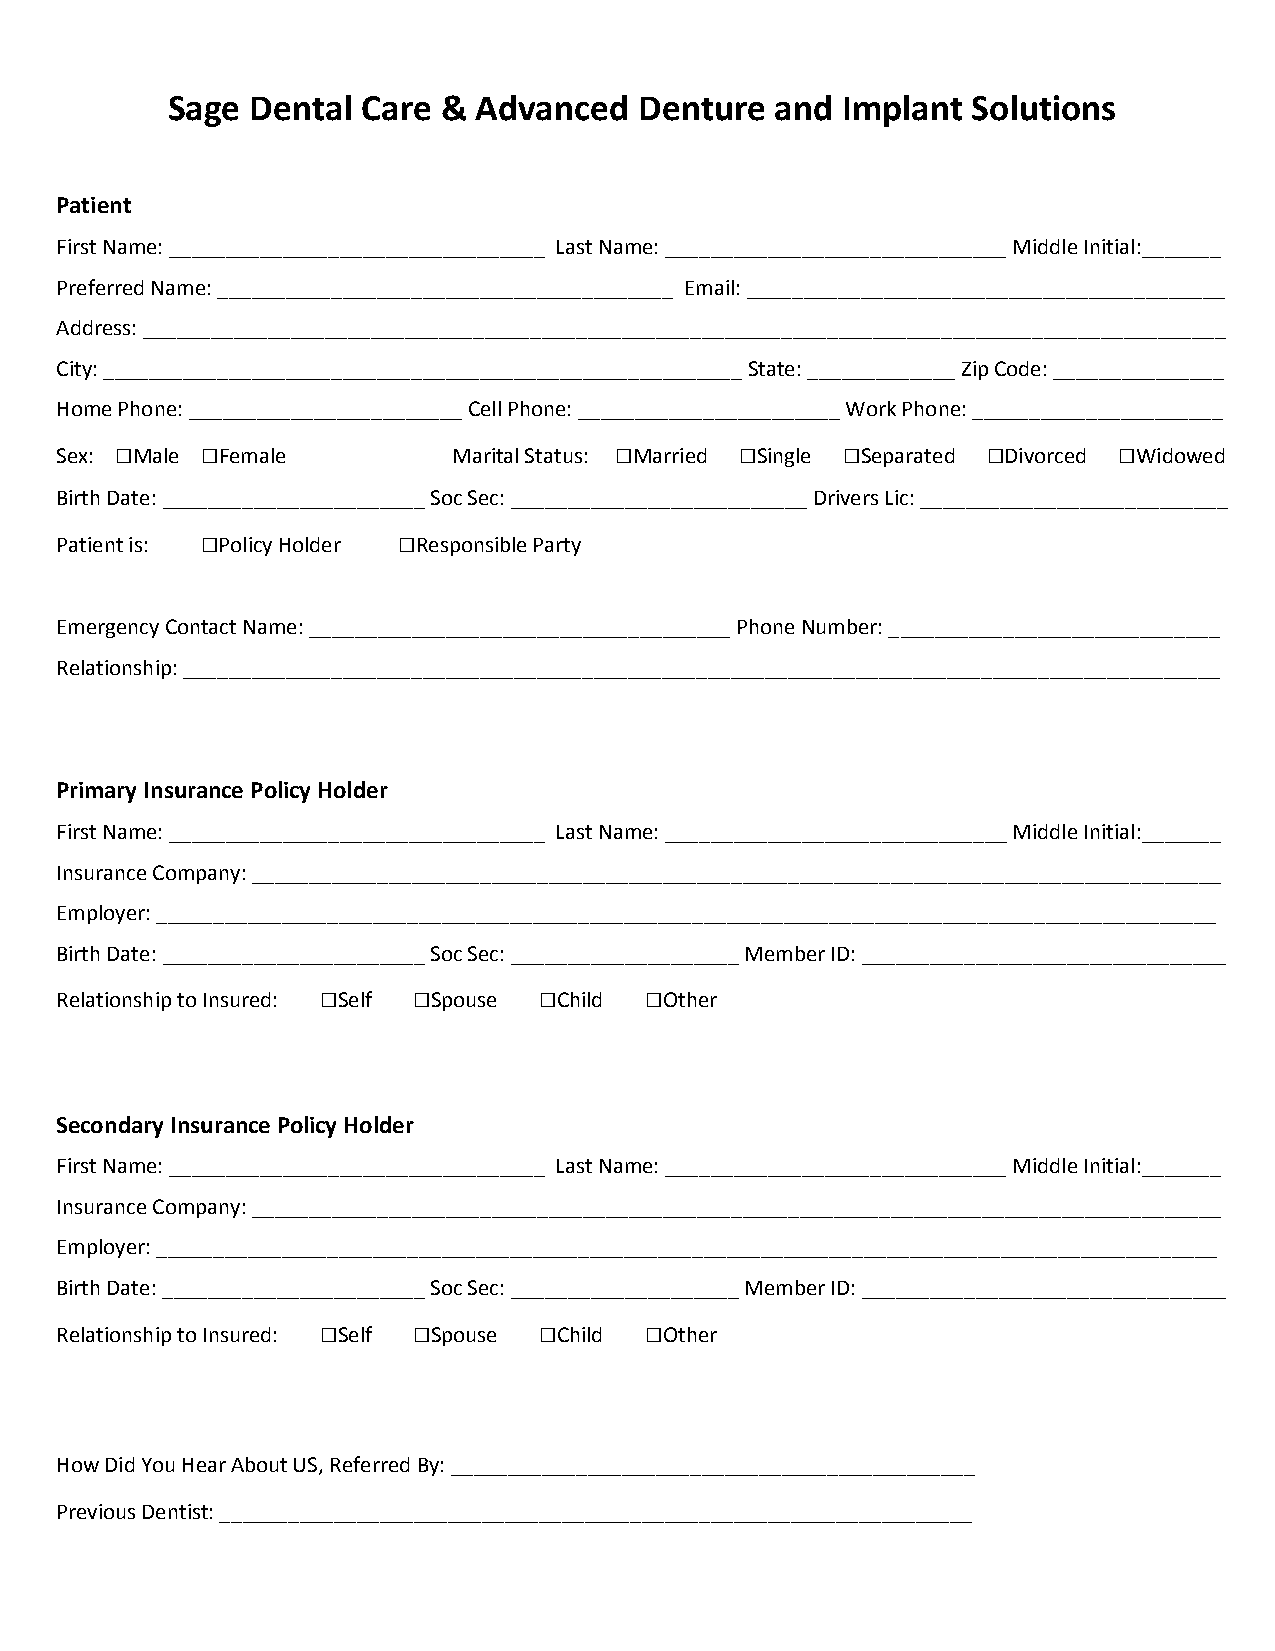
Sage  Dental Care & Advanced   Denture  and  Implant Solutions
 Patient
 First Name: _________________________________ Last Name: ______________________________ Middle Initial:_______
 Preferred Name: ________________________________________ Email: __________________________________________
 Address: _______________________________________________________________________________________________
 City: ________________________________________________________ State: _____________ Zip Code: _______________
 Home Phone: ________________________ Cell Phone: _______________________ Work Phone: ______________________
 Sex: □Male □Female        Marital Status: □Married □Single □Separated □Divorced □Widowed
 Birth Date: _______________________ Soc Sec: __________________________ Drivers Lic: ___________________________
 Patient is: □Policy Holder □Responsible Party
 Emergency Contact Name: _____________________________________ Phone Number: _____________________________
 Relationship: ___________________________________________________________________________________________
 Primary Insurance Policy Holder
 First Name: _________________________________ Last Name: ______________________________ Middle Initial:_______
 Insurance Company: _____________________________________________________________________________________
 Employer: _____________________________________________________________________________________________
 Birth Date: _______________________ Soc Sec: ____________________ Member ID: ________________________________
 Relationship to Insured: □Self □Spouse □Child □Other
 Secondary Insurance Policy Holder
 First Name: _________________________________ Last Name: ______________________________ Middle Initial:_______
 Insurance Company: _____________________________________________________________________________________
 Employer: _____________________________________________________________________________________________
 Birth Date: _______________________ Soc Sec: ____________________ Member ID: ________________________________
 Relationship to Insured: □Self □Spouse □Child □Other
 How Did You Hear About US, Referred By: ______________________________________________
 Previous Dentist: __________________________________________________________________